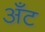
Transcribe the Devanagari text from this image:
अँट